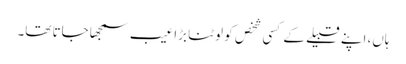
ہاں، اپنے قبیلے کے کسی شخص کو لوٹنا بڑا عیب سمجھا جاتا تھا۔